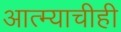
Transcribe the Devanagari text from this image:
आत्म्याचीही